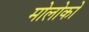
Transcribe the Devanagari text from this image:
मोलोको